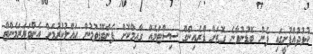
ކުޅުދުއްފުށީގައި ފެން ބޮޑުނުވާނެ ގޮތަށް ޑްރެއިިންގް ސިސްޓަމެއް ގާއިމްކޮށް ފެންބޮޑުވުމުން ހައްލުކުރުމަށް އެންވަޔަރަމެންޓް